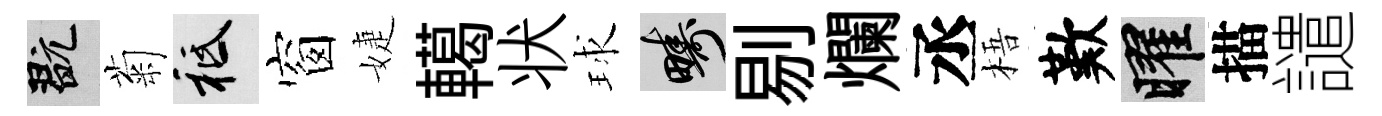
玩菊祇窗婕轕状球疇剔爛丞梧歎曜描譴